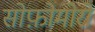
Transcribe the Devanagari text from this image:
सोफ़ोमोरों